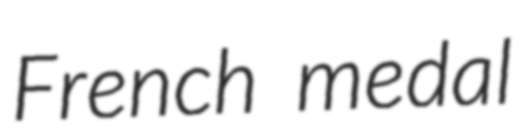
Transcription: French medal